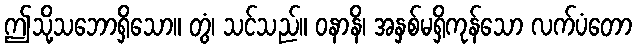
ဤသို့သဘောရှိသော။ တွံ၊ သင်သည်။ ဝနာနိ၊ အနှစ်မရှိကုန်သော လက်ပံတော